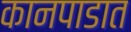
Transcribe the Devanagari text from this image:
कानपाडात